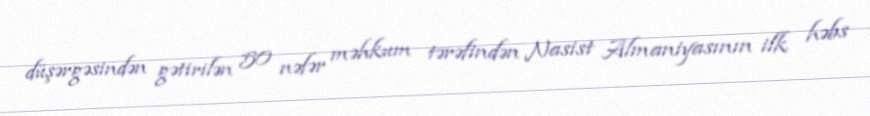
düşərgəsindən gətirilən 50 nəfər məhkum tərəfindən Nasist Almaniyasının ilk həbs